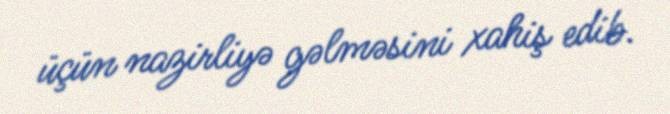
üçün nazirliyə gəlməsini xahiş edib.